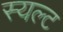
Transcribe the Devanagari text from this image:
स्यल्ट